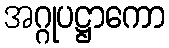
အဂ္ဂုပဋ္ဌာကော